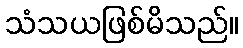
သံသယဖြစ်မိသည်။